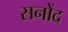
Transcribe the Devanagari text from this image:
सनोंद